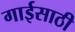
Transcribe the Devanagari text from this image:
गाईसाठी